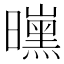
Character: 𱢰